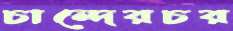
চান্দেরচর